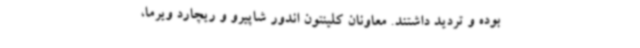
بوده و تردید داشتند. معاونان کلینتون اندور شاپیرو و ریچارد ویرما،‌